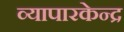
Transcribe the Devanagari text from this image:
व्यापारकेन्द्र